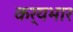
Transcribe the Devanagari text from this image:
कर्यभार